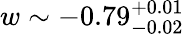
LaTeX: w\sim-0.79_{-0.02}^{+0.01}